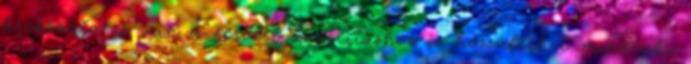
kockázata is van a servlet kontextushoz is hozzáférhet mindenki